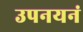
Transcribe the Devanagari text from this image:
उपनयनं